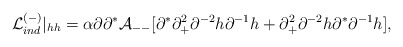
\begin{align*}{\cal L}^{(-)}_{ind} \vert_{hh} = \alpha \partial \partial^*{\cal A}_{--}[ \partial^* \partial_+^2 \partial^{-2} h \partial^{-1} h + \partial_+^2 \partial^{-2} h \partial^* \partial^{-1} h ],\end{align*}